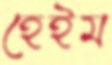
হেইম